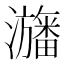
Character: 𤃳